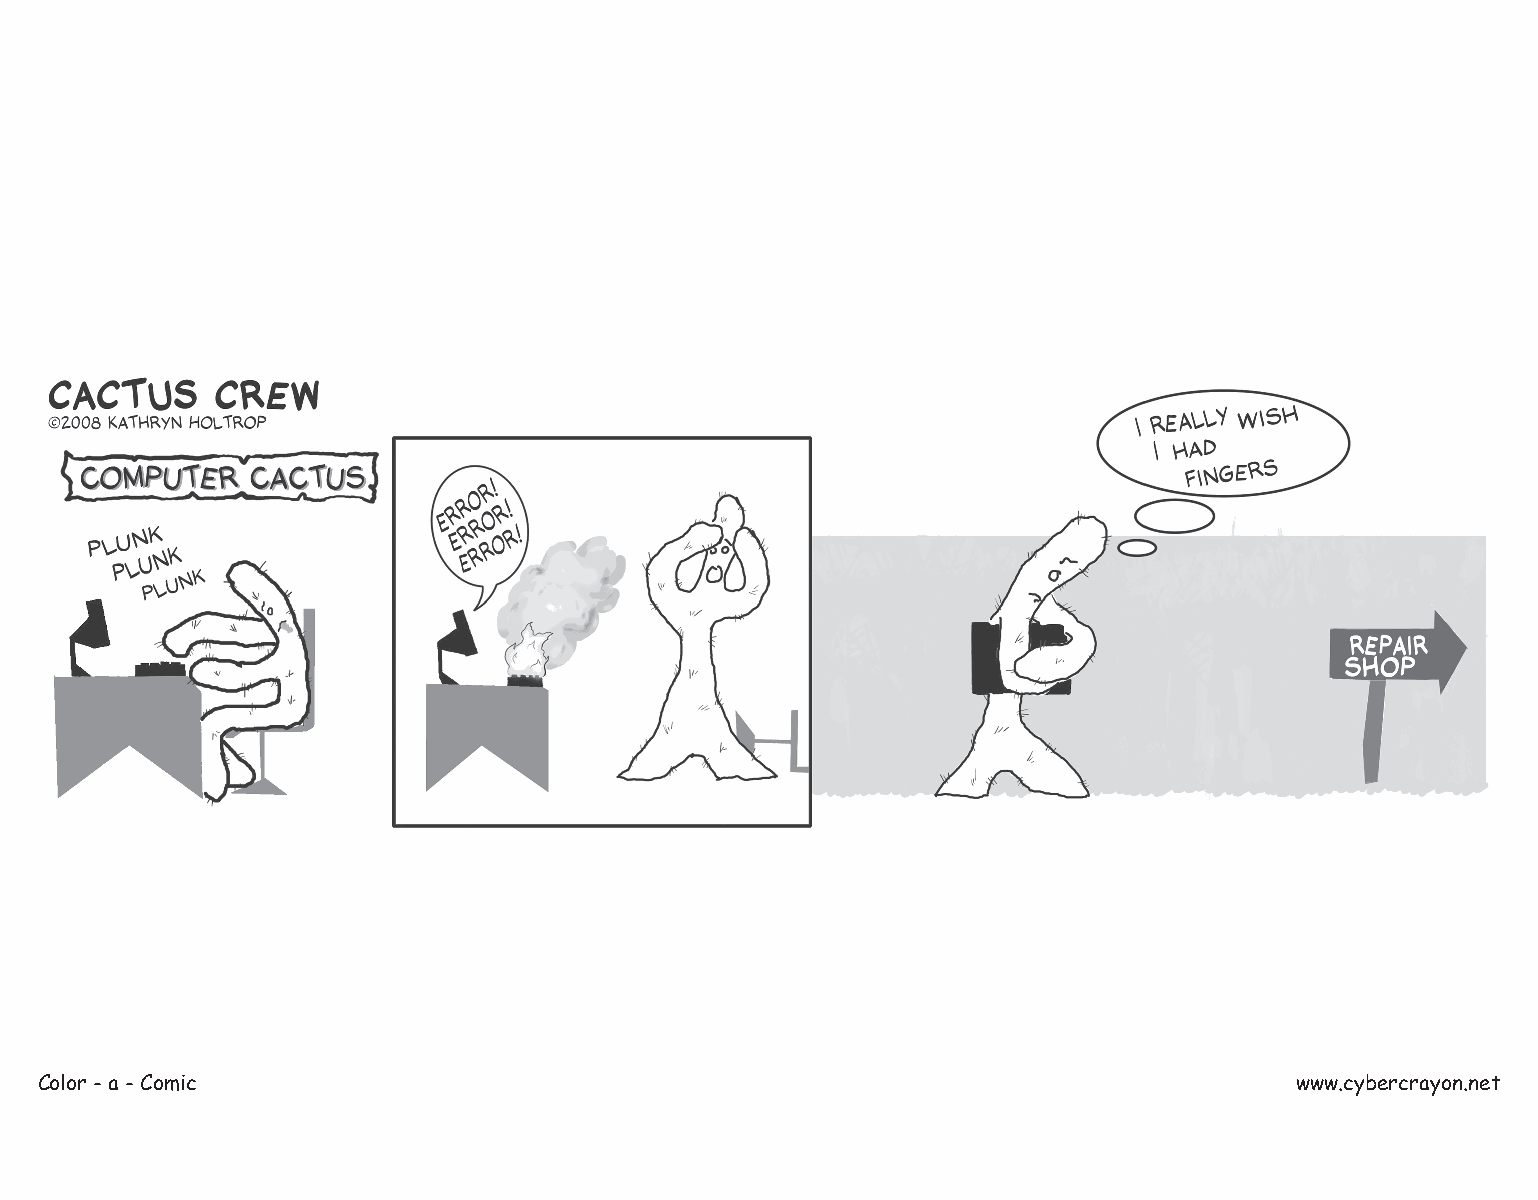
Color - a - Comic                                                                   www.cybercrayon.net